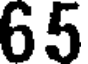
65